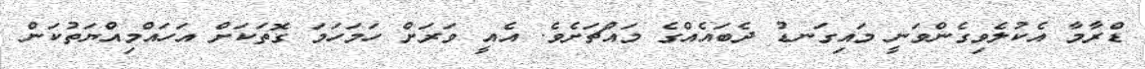
ޑްރާމާ އެކުލެވިގެންވަނީ މައިގަނޑު ދެބައެއްގެ މައްޗަށެވެ. އެއީ ވަރަށް ހަމަހަމަ ގޮތަކަށް އަހައްމިއްޔަތުކަން